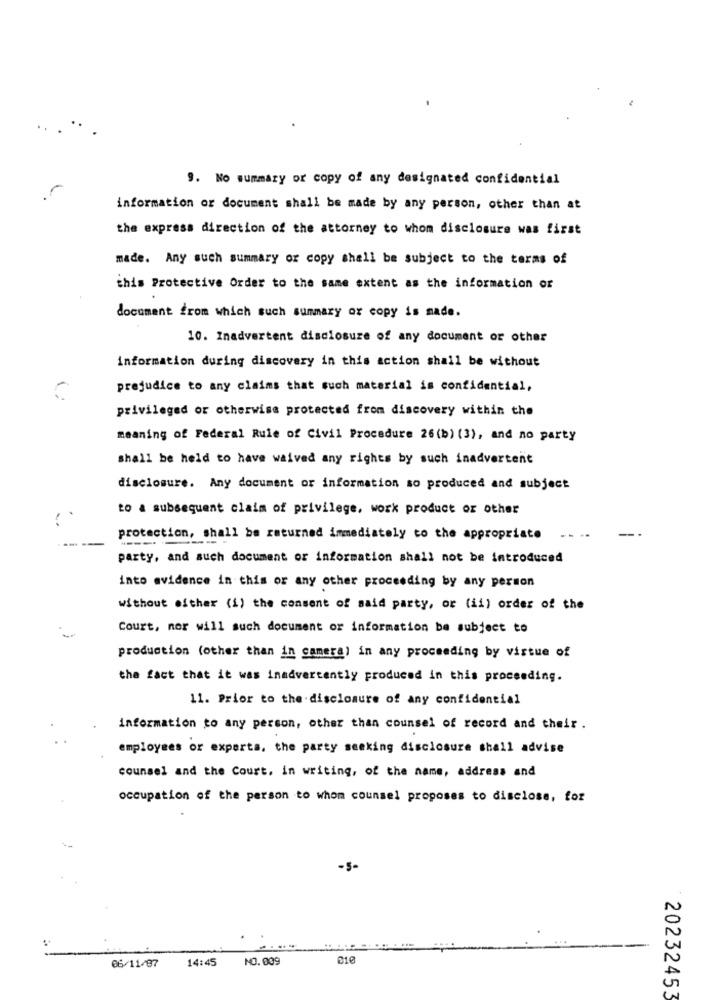
9. No summary or copy of any designated confidential
information or document shall be made by any person, other than at
the express direction of the attorney to whom disclosure was first
made. Any such summary or copy shall be subject to the terms of
this Protective Order to the same extent as the information or
document from which such summary or copy is made.
10. Inadvertent disclosure of any document or other
information during discovery in this action shall be without
prejudice to any claims that such material is confidential,
privileged or otherwise protected from discovery within the
meaning of Federal Rule of Civil Procedure 26(b) (3), and no party
shall be held to have waived any rights by such inadvertent
disclosure. Any document or information so produced and subject
to a subsequent claim of privilege, work product or other
protection, shall be returned immediately to the appropriate
party, and such document or information shall not be introduced
into evidence in this or any other proceeding by any person
without either (1) the consent of said party, or (ii) order of the
Court, nor will such document or information be subject to
production (other than in camera) in any proceeding by virtue of
the fact that it was inadvertently produced in this proceeding.
11. Prior to the disclosure of any confidential
information to any person, other than counsel of record and their .
employees or experts, the party seeking disclosure shall advise
counsel and the Court, in writing, of the name, address and
occupation of the person to whom counsel proposes to disclose, for
-5-
14:45
NO.009
06/11/87
20232453